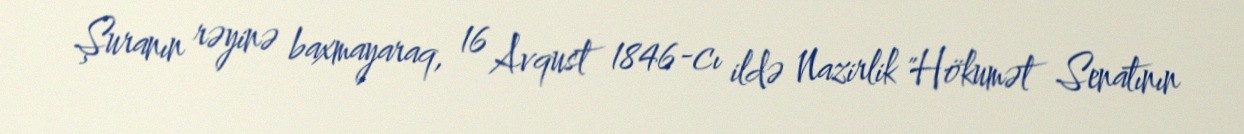
Şuranın rəyinə baxmayaraq, 16 Avqust 1846-cı ildə Nazirlik "Hökumət Senatının